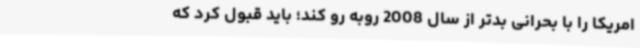
امریکا را با بحرانی بدتر از سال 2008 روبه رو کند؛ باید قبول کرد که